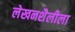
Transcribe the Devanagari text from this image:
लेखनशैलीला